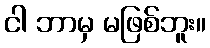
ငါ ဘာမှ မဖြစ်ဘူး။